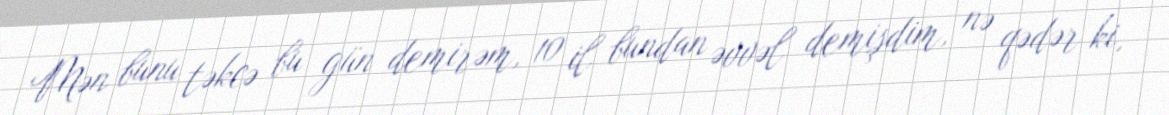
Mən bunu təkcə bu gün demirəm, 10 il bundan əvvəl demişdim, nə qədər ki,